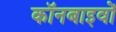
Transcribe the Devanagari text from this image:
कॉनबाइवों